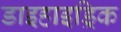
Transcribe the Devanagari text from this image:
डाइहाइड्रिक